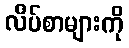
လိပ်စာများကို